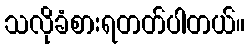
သလိုခံစားရတတ်ပါတယ်။